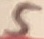
Text: 5